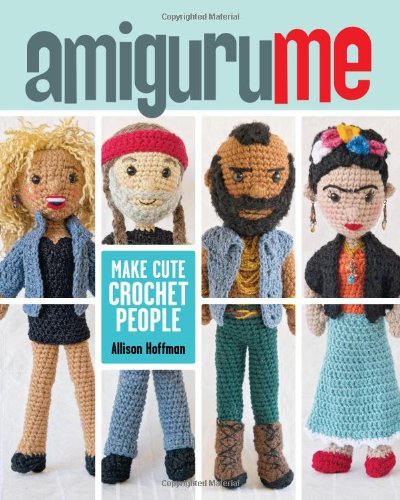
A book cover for AmiguruME: Make Cute Crochet People; Allison Hoffman; Crafts, Hobbies & Home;